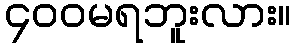
၄၀၀မရဘူးလား။